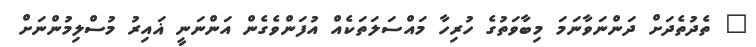
" ތެދުތެދަށް ދަންނަވާނަމަ މިބާވަތުގެ ހުރިހާ މައްސަލަތަކެއް އުފަންވެގެން އަންނަނީ ޣައިރު މުސްލިމުންނަށް